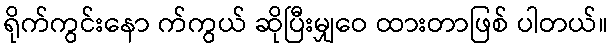
ရိုက်ကွင်းနော က်ကွယ် ဆိုပြီးမျှဝေ ထားတာဖြစ် ပါတယ်။